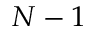
N - 1